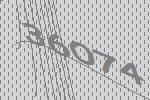
36074